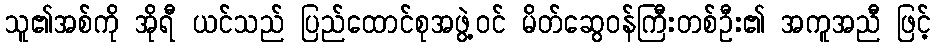
သူ၏အစ်ကို အိုရီ ယင်သည် ပြည်ထောင်စုအဖွဲ့ဝင် မိတ်ဆွေဝန်ကြီးတစ်ဦး၏ အကူအညီ ဖြင့်